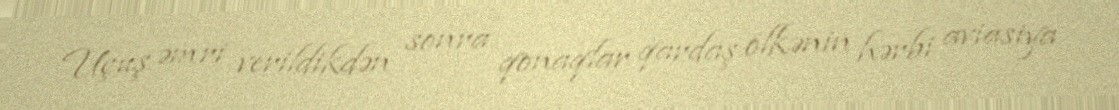
Uçuş əmri verildikdən sonra qonaqlar qardaş ölkənin hərbi aviasiya